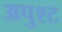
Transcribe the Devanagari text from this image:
अपुश्ट